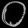
Digit: ၀